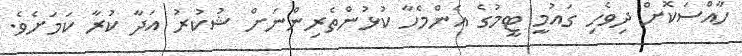
ހާއްސަކޮށް ދިވެހި ގައުމީ ޓީމުގެ އެންމެހާ ކުޅުންތެރިންނަށް ޝުކުރު އަދާ ކުރާ ކަމަށެވެ.